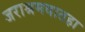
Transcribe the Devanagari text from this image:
जराश्रमवातहा